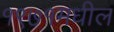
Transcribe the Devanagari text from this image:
१९७१मधील